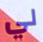
لي